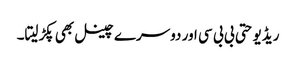
ریڈیو حتی بی بی سی اور دوسرے چینل بھی پکڑلیتا۔